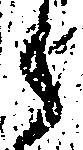
之